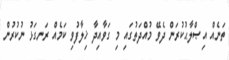
ތަނެއް އިޞްލާޙުކުރަން ދެވޭ މުއްދަތުގައި މި ގަވާއިދާ ޚިލާފުވި ކަމެއް ރަނގަޅު ނުކުރުން